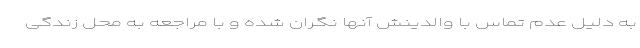
به دلیل عدم تماس با والدینش آنها نگران شده و با مراجعه به محل زندگی